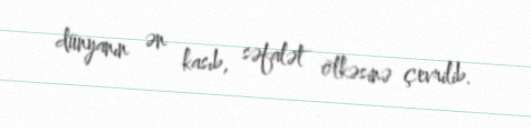
dünyanın ən kasıb, səfalət ölkəsinə çevrilib.